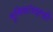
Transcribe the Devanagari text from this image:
भूमिकांबद्दलही